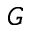
G